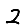
Digit: 2